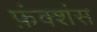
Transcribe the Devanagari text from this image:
फ़ंक्शंस